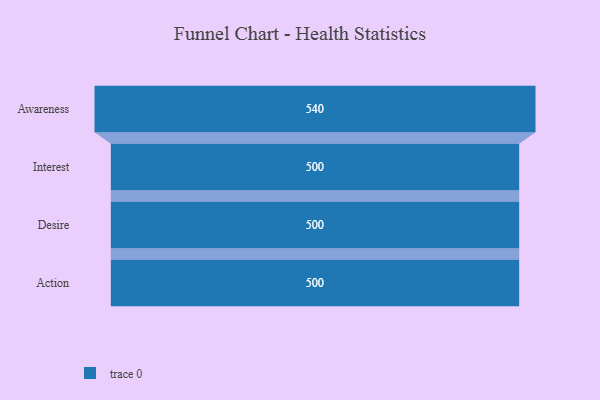
{"axis": {"x": "Stage", "y": "Value"}, "legend": [""], "data": [{"x": "Awareness", "y": 540.0, "type": ""}, {"x": "Interest", "y": 500, "type": ""}, {"x": "Desire", "y": 500, "type": ""}, {"x": "Action", "y": 500, "type": ""}]}